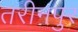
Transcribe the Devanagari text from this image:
तरीनपुर